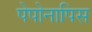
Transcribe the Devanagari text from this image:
पेपोनापिस